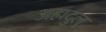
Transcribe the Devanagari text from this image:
अह्मदुल्